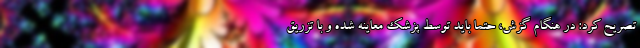
تصریح کرد: در هنگام گزش، حتماً باید توسط پزشک معاینه شده و با تزریق